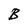
Character: B